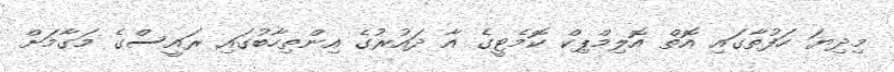
މިދިޔަ ހަފުތާގައި އޮތް އޮލިމްޕިކް ކޮމެޓީގެ އާ ދައުރުގެ އިންތިހާބުގައި ރައީސްގެ މަގާމަށް